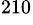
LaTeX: ^{210}